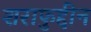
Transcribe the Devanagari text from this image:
शराफुद्दीन